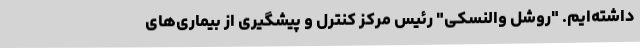
داشته‌ایم. "روشل والنسکی" رئیس مرکز کنترل و پیشگیری از بیماری‌های